Investigations on Bengal jail dietaries - Number 37
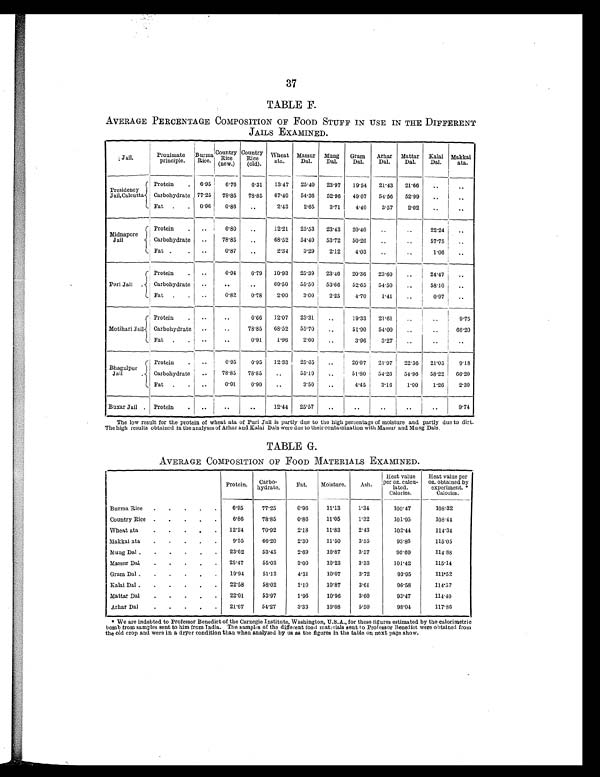
37
TABLE F.
AVERAGE PERCENTAGE COMPOSITION OF FOOD STUFF IN USE IN THE DIFFERENT
JAILS EXAMINED.
Jail.
Proximate
principle.
Burma
Rice.
Country
Rice (new.)
Country
Rice (old).
Wheat
ata.
Massur
Dal.
Mang
Dal.
Gram
Dal.
Arhar
Dal.
Mattar
Dal.
Kalai
Dal.
Makkai
ata.
Presidency
Jail,Calcutta.
Protein
. 6.95
6.76
6.31 13.47 25.40 23.97 19.54 21.43 21.66
..
..
Carbohydrate 77.25 78.85 78.85 67.40 54.36 52.96
49.07 54.56 52.99
..
..
Fat .
. 0.96
0.86
..
2.43
2.65
3.71
4.40
3.57
2.02
..
..
Midnapore
Protein
. ..
6.80
..
12.21 25.53 23.43 20.40
..
..
22.24
..
Carbohydrate ..
78.85
..
68.52 54.40 53.72 50.26
..
..
57.75
..
Fat .
. ..
0.87
..
2.34
3.29
2.12
4.03
..
..
1.06
..
Puri Jail .
Protein
. ..
6.94
6.79 10.93 25.39 23.46 20.36 23.60
..
24.47
..
Carbohydrate ..
. . ..
69.50 55.50 53.66 52.65 54.50
..
58.10
..
Fat .
. ..
0.82
0.78
2.00
3.00
2.25
4.70
1.41
..
0.97
..
Motihari Jail.
Protein
.
.. ..
6.66 12.07 25.31
..
19.33 21.61
..
..
9.75
Carbohydrate
..
..
78.85 68.52 55.70
..
51.90 54.00
..
..
66.20
Fat .
..
..
0.91
1 . 9 6
2.60
..
3.96
3.27 ..
.. ..
Bhagulpur
Jail
.
Protein
..
0.95
6.95 12.33 I 25.65
..
20.07 21.97 22.36 21.05
9.18
Carbohydrate
..
78.85 78.85
..
55.19
..
51.80 54.26 54.96 58.22 66.20
Fat .
. ..
0.91
0.90
..
3.50
..
4.45
3.16
1 . 9 0
1 . 2 6 2.30
Buxar Jail . Protein. ..
.. ..
12.44 25.57
..
..
..
..
..
9.74
The low result for the protein of wheat ata of Puri Jail is partly due to the high percentage of moisture and partly due to dirt.
The high results obtained in the analyses of Arhar and Kalai Dals were due to their contamination with Massur and Mung Dals.
TABLE G.
AVERAGE COMPOSITION OF FOOD MATERIALS EXAMINED.
Protein.
C a r b o - h y d r a t e .
Fat.
Moisture.
Ash.
Heat value
p e r o z . c a l c u l a t e d . C a l o r i e s .
Heat value per
o z . o b t a i n e d b y e x p e r i m e n t . * C a l o r i e s .
Burma Rice .
.
.
.
.
6.95
77.25
0.96
11.13
1.34
100.47
108.32
Country Rice .
.
.
. .
6.86
78.85
0. 86
11.05
1.32
101.95
1 0 8 . 4 4
Wheat ata
.
.
.
.
.
12.24
70.92
2.18
11.83
2.43
102.44
114.34
Makkai ata
.
.
.
. .
9.55
66.20
2.30
11.50
3.55
93.86
115.05
Mung Dal . . . .
23.62
53.45
2.69
10. 87
3.57
96.69
114.88
Massur Dal
.
.
.
.
.
25.47
55.03
3.00
10.23
3.33
101.42
115.14
Gram Dal .
.
.
.
.
.
19.94
51.13
4.31
10.07
3.72
93.95
111.52
Kalai Dal .
.
.
.
.
.
22.58
58.02
1.10
10.87
3.61
96.58
114.57
Mattar Dal
.
.
.
.
.
22.01
53.97
1.96
10.96
3.60
93.47
114.40
Arhar Dal.
.
21.67
54.27
3.33
10.08
5.50
98.04
1 1 7 . 8 6
We are indebted to Professor Benedict of the Carnegie Institute, Washington, U.S.A., for these figures estimated by the calorimetric
bomb from samples sent to him from India. The samples of the different food materials sent to Professor Benedict were obtained from
the old crop and were in a dryer condition than when analysed by us as the figures in the table on next page show.